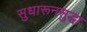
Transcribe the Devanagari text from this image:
सुधारूनसुद्धा